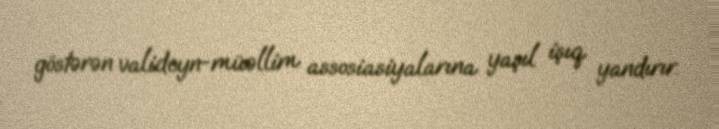
göstərən valideyn-müəllim assosiasiyalarına yaşıl işıq yandırır.